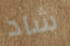
شاد